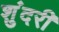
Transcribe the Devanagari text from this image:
शुंदरी